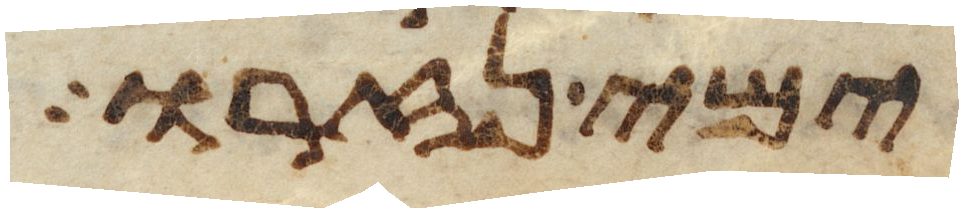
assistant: ימי נזרו